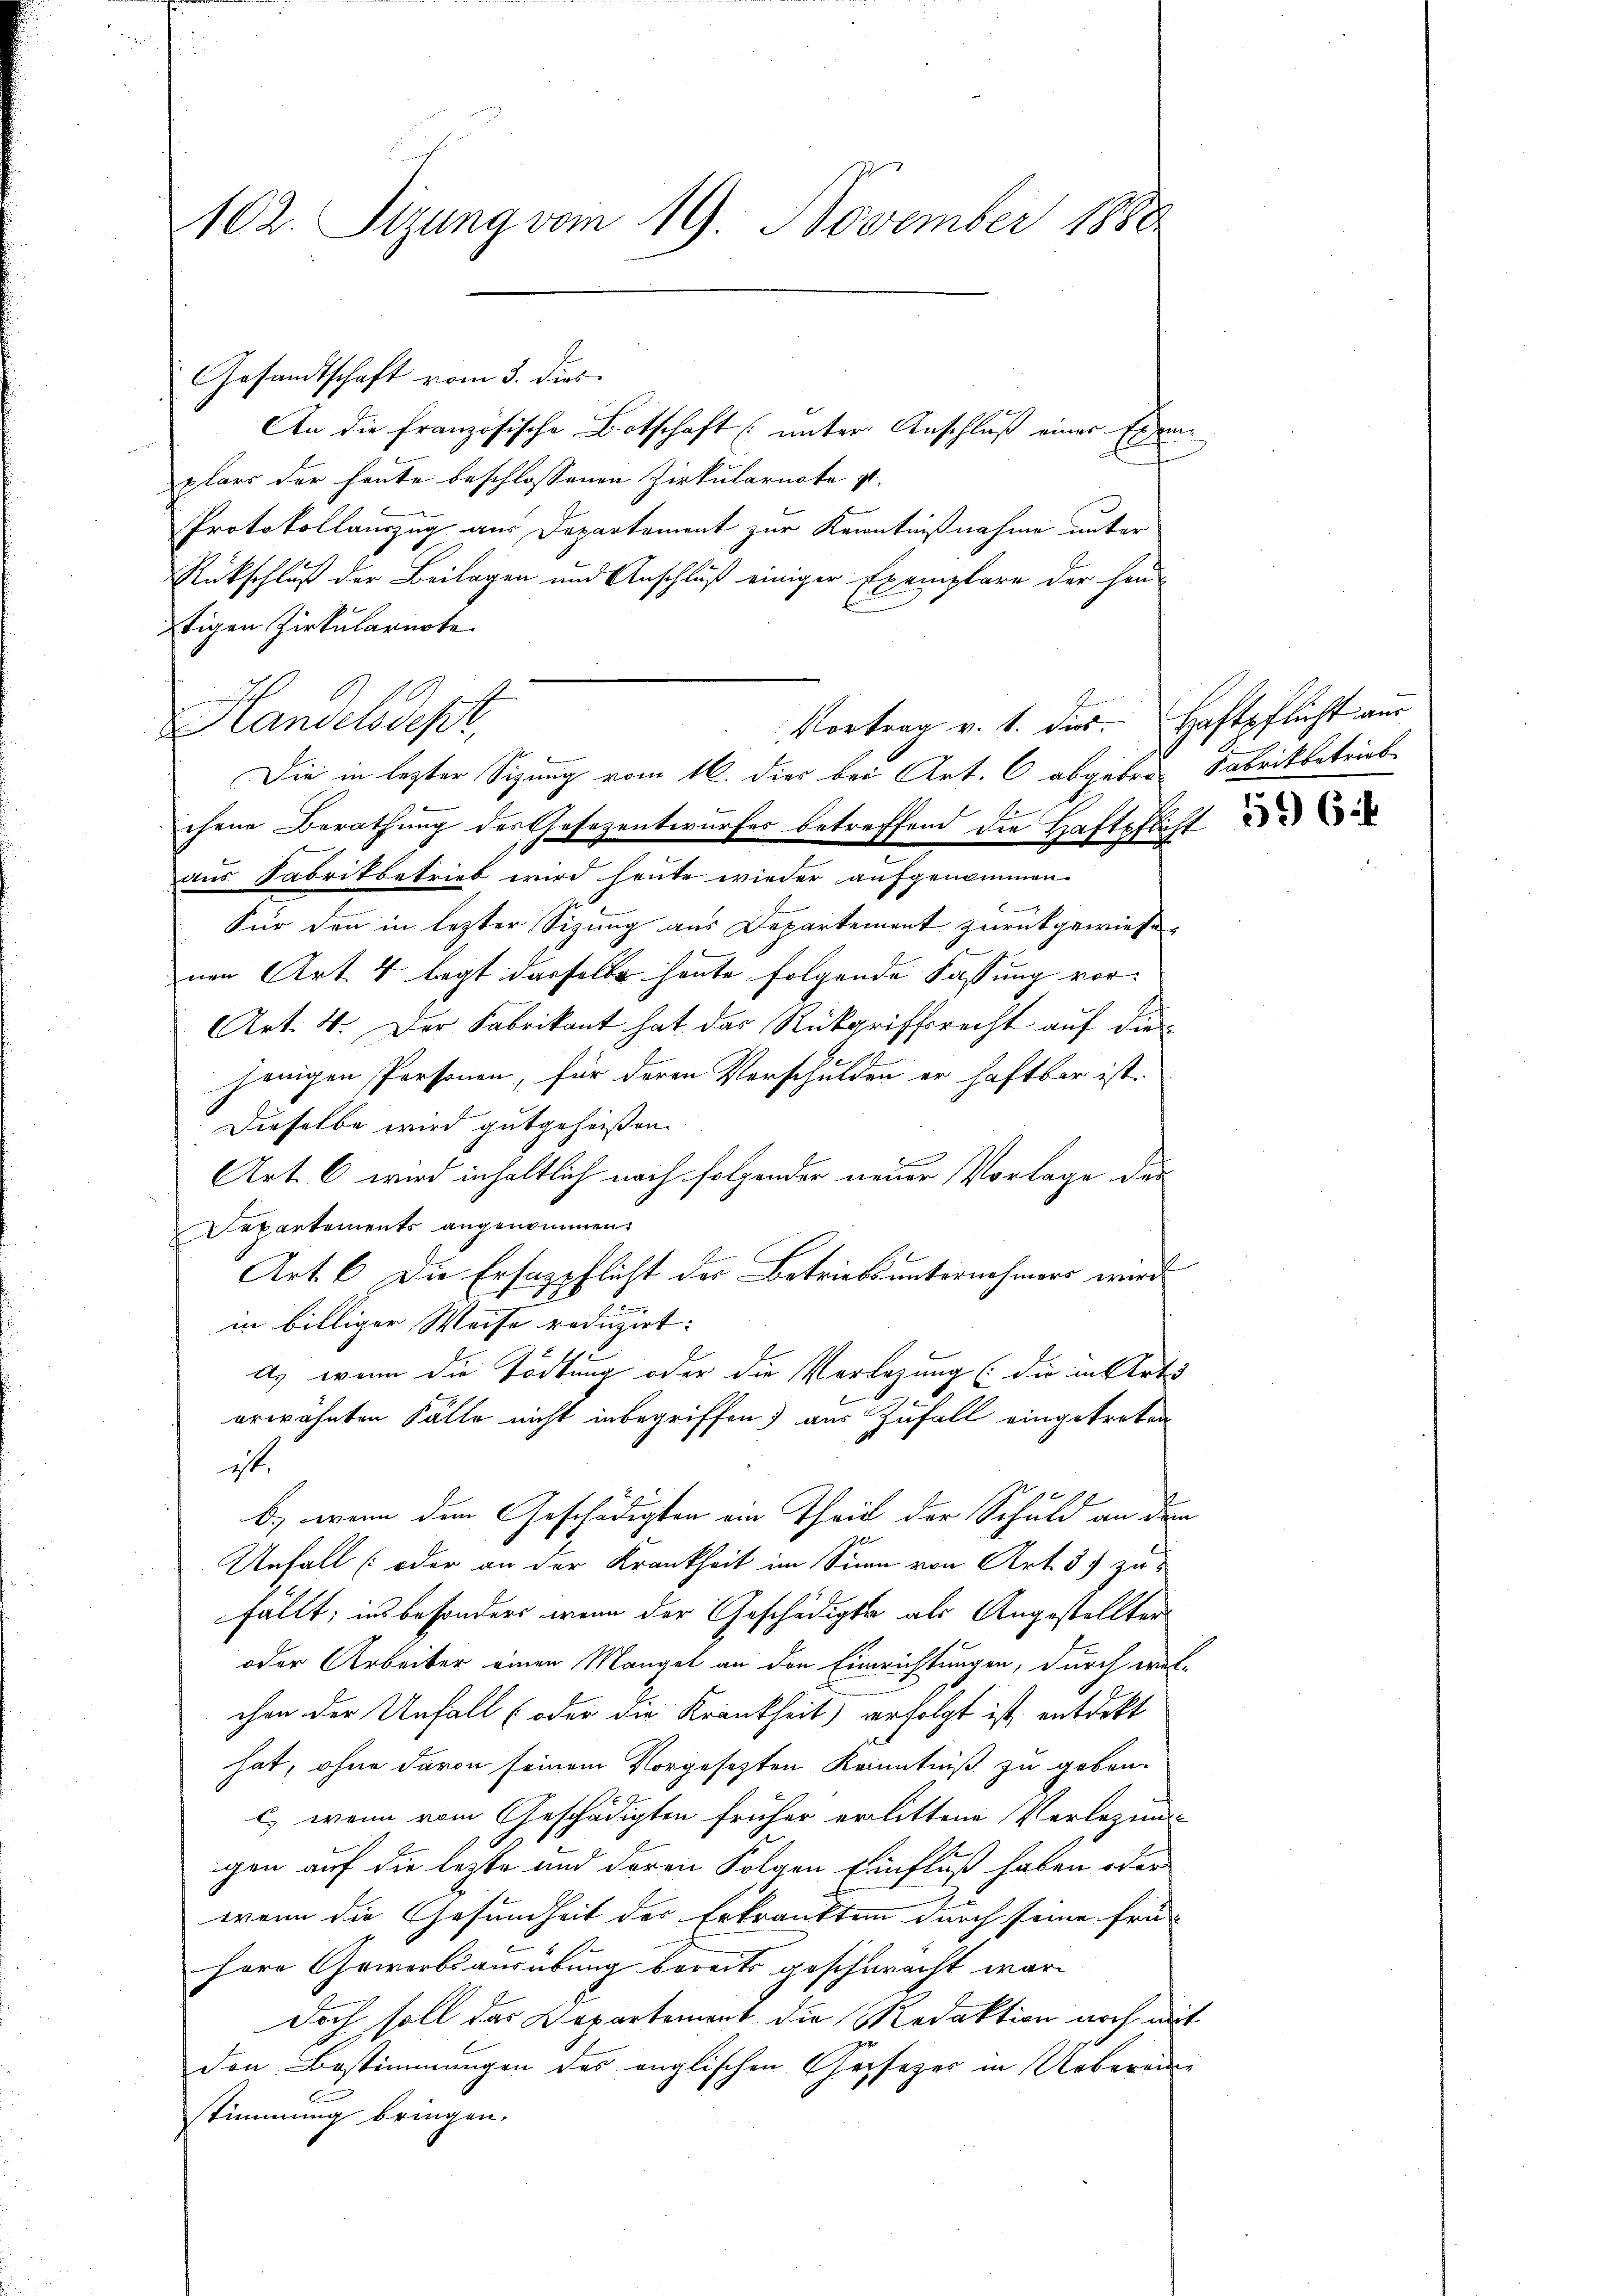
102. Sizung vom 19. November 1888

Gesandtschaft vom 3. dies

An die französische Botschaft (unter Anschluß einer Exem
plars der heute beschlossenen Zirkularnate ist.
Protokollauszug aus Departement zur Kenntnißnahme unter
Rückschluß der Beilagen und Anschluß einiger Exemplare der Han-
tigen Zirkulariate
Vortrag v. 1. dies. Haftpflicht aus
Die in lezter Sizung vom 16. dies bei Art. C abgebra Fabrikbetrieb
chene Berathung des Gesezentwurfes betreffend die Haftpflicht
aus Fabrikbetrieb wird heute wieder aufgenommen.

Für den in lezter Sizung aus Departement zurückgewiese
nen Art. 4 legt dasselbe heute folgende Fassung vor¬
Art. 4. Der Fabrikant hat das Rückgriffsrecht auf diejenigen Personen, für deren Verschulden er haftbar ist.
Dieselbe wird gutgeheißen.
Art. 6 wird inhaltlich nach folgender neuer Vorlage der
Departements angenommen.
Art. 6 die Ersazpflicht der Betriebs unternehmers wird
in billiger Weise reduzirt:
a. wenn die Tödtung oder die Verlegung (die in Art.
erwähnten Fälle nicht inbegriffen) aus Zufall eingetreten
it.
b) wenn den Geschädigten ein Theil der Schuld an dem
Unfall (oder an der Krankheit im Sinn von Art. 3. zufällt, ins besonders wenn der Geschädigte als Angestellten
oder Arbeiter einen Mangel an den Einrichtungen, durch welchen der Unfall (oder die Krankheit) verfolgt ist, entdekt
hat, ohne davon seinem Vorgesezten Kenntniß zu gebon-
c) wenn vom Geschädigten früher erlittene Verlegung-
igen auf die lezte und deren Folgen Einfluß haben oder
wenn die Gesundheit der Erkrankten durch seine frühere Gewerbsausübung bereits geschwacht ware
doch soll das Departement die Redaktion noch mit
den Bestimmungen des englischen Gesezes in Ueberein-
stimmung bringen.

Handelsdepr

B